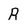
Character: R